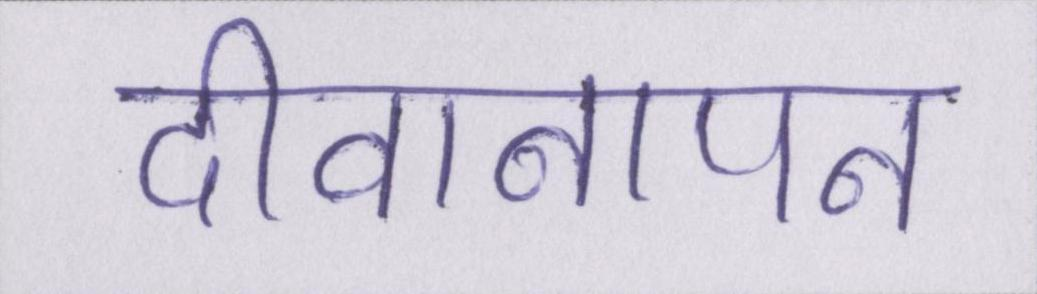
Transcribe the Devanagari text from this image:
दीवानापन